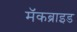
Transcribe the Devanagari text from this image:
मॅकब्राइड